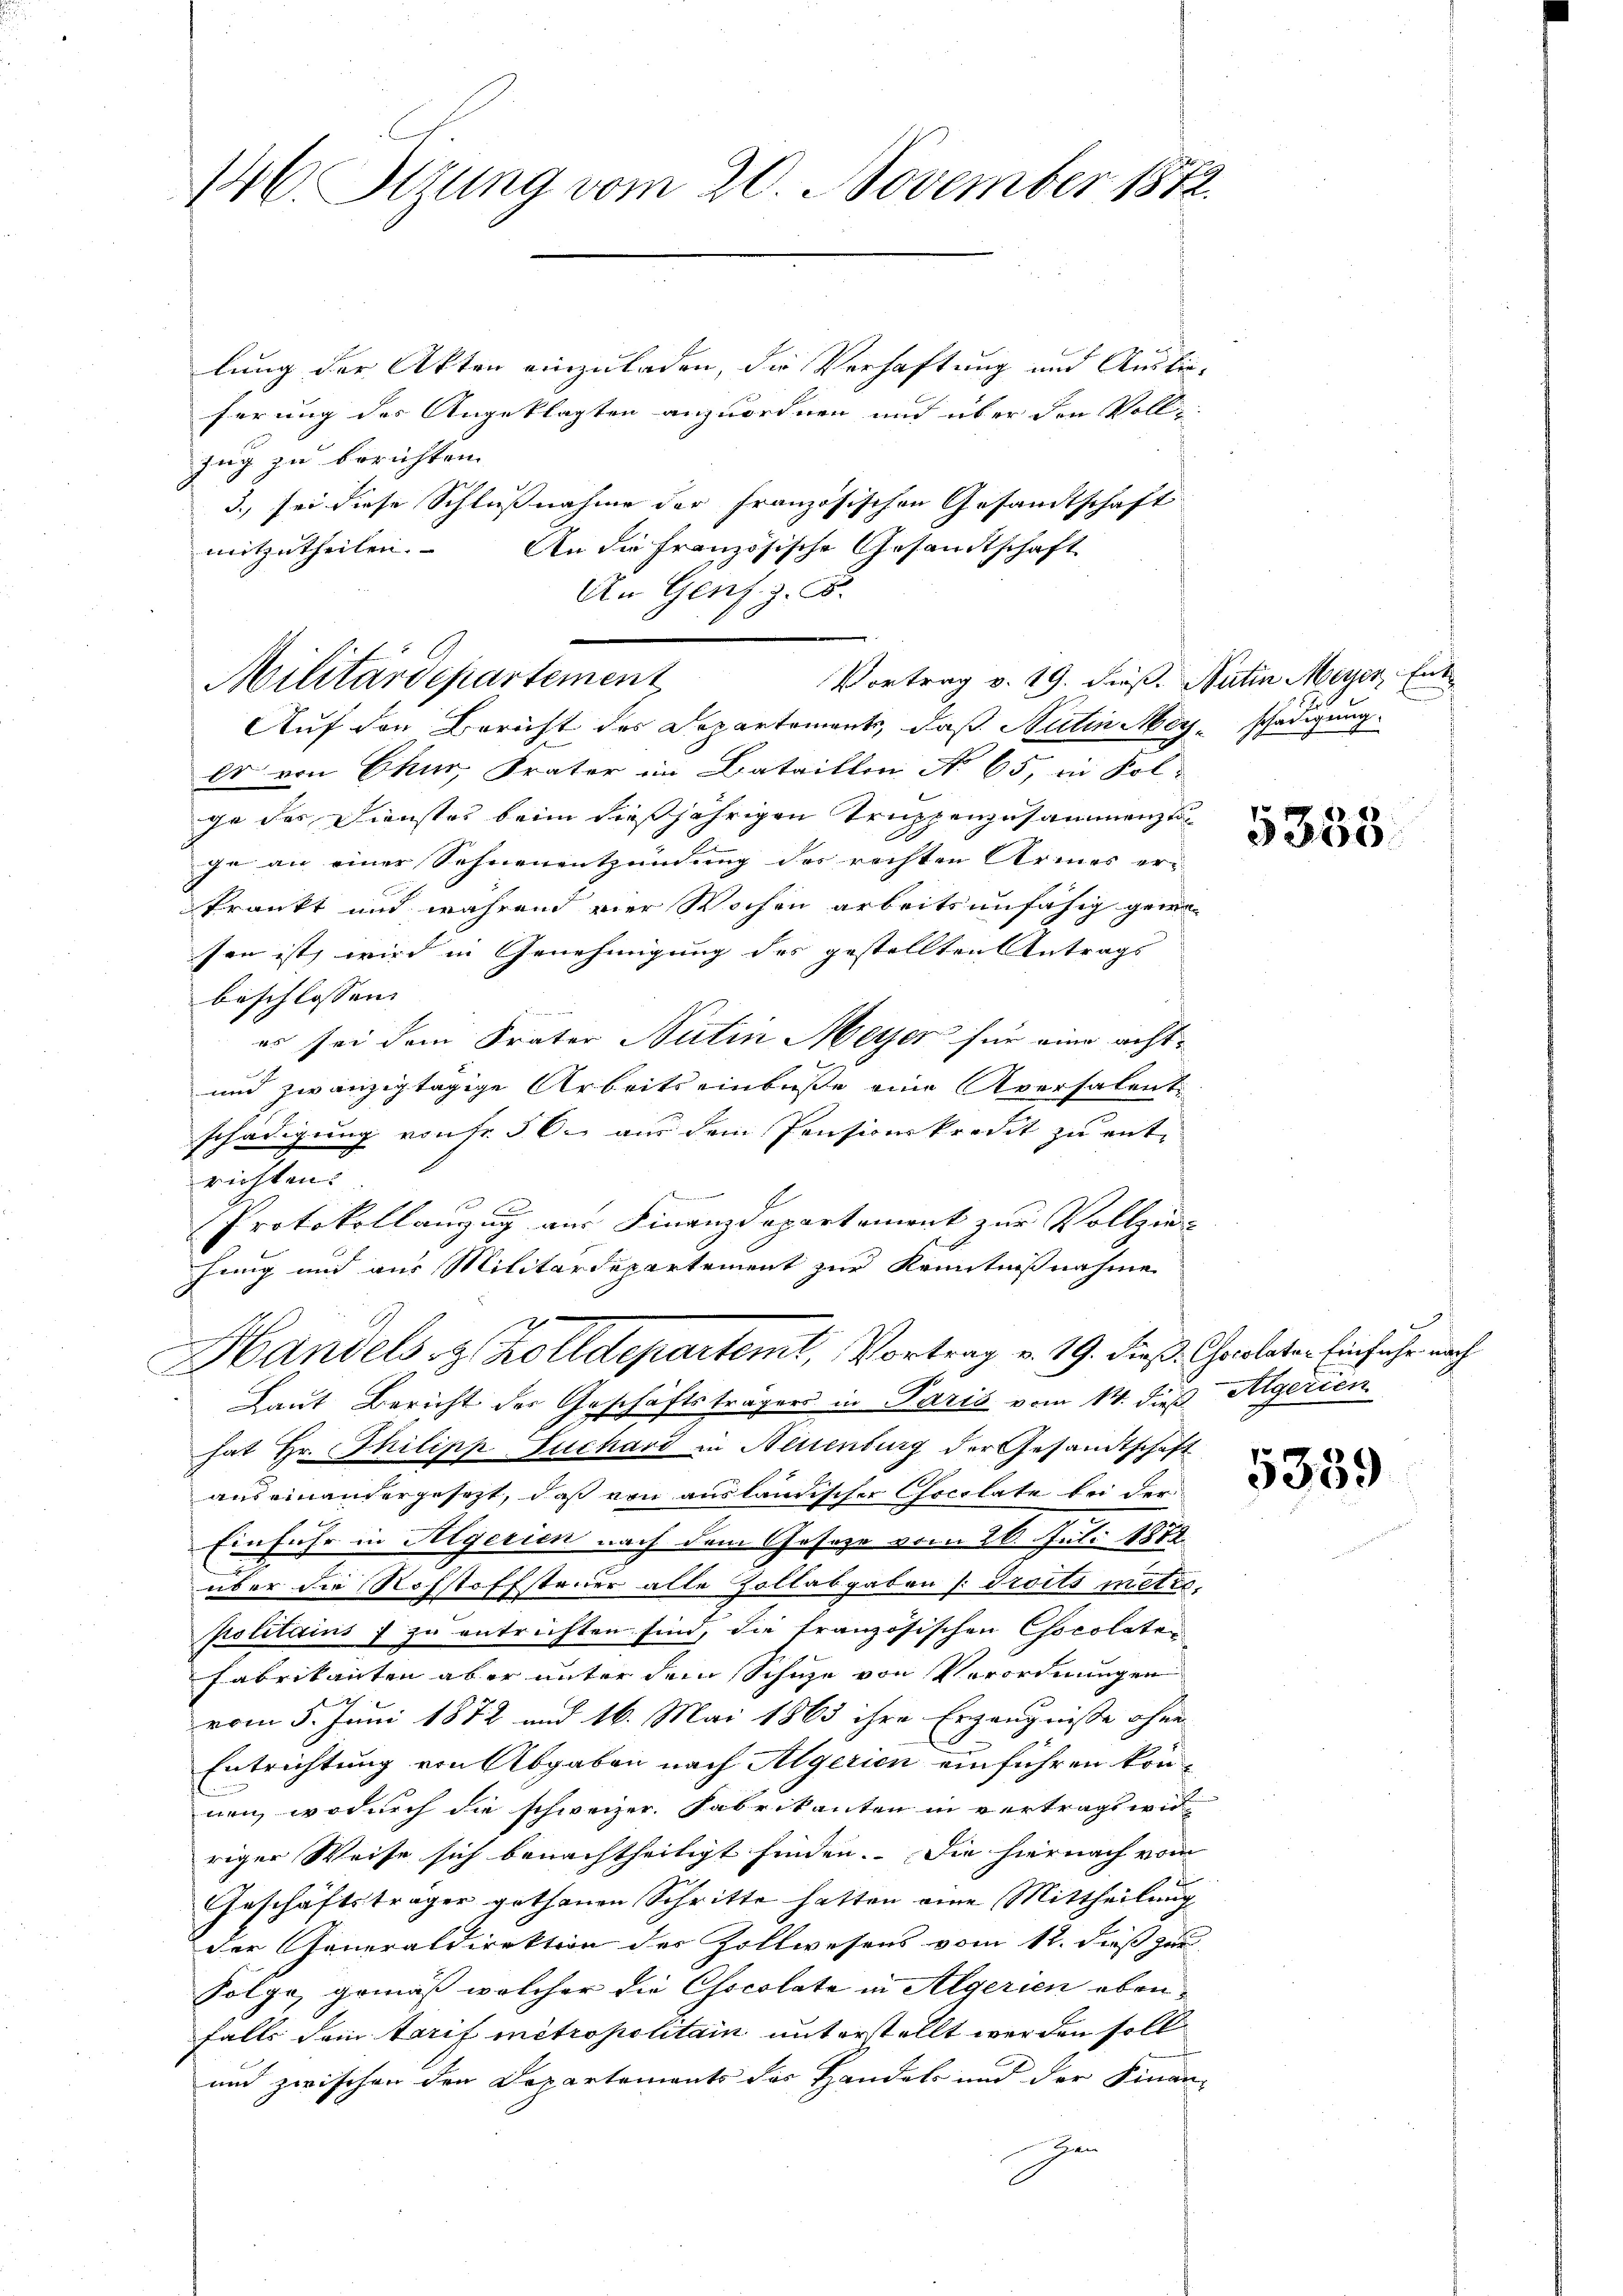
146. Sitzung vom 20. November 1872.

lung der Akten einzuladen, die Verhaftung und Auslieferung des Angeklagten anzuordnen und über den Vollzug zu berichten.
3., sei diese Schlußnahme der Französischen Gesandtschaft
mitzutheilen.
An die Französische Gesandtschaft
An Gens. z. B.

Vortrag v. 19. dieß. Natin Meyer, Ent
Militärdepartement

Handels z. Zolldepartemt, Vortrag v. 19. dieß. Chrelater Einfuhr nach
Laut Bericht der Geschäftsträgers in Paris vom 14. dieß Algerien

Auf den Bericht des Departement, daß Sutin Meyschädigung.
br. von Chur, Frater im Bataillen No 65, in Folge des Dienstes beim dießjährigen Truppenzusammento
ge an einer Sohnenentzündung des rechten Armes er-
kränkt und während vier Wochen arbeitsunfähig gewesen ist, wird in Genehmigung des gestellten Antrags
beschlossen:
es sei dem Frater Nutin Meyer für eine acht¬
und zwanzigtägige Arbeits einbuße eine Aversalent
schädigung von Fr. 50. aus dem Pensionskredit zu entrichten.
i
Protokollanzug aus Finanzdepartement zur Vollzie-
fung und aus Militärdepartement zur Kenntnißnahme
hat Hr. Thilipp Juchard in Neuenburg der Gesandtschaft
auseinandergesezt, daß von ausländischer Cocilate bei der
Einfuhr in Algerien nach dem Geseze vom 26. Juli 1872.
über die Rohstoffsteuer alle Zollabgaben /: droits metto,
politains f zu entrichten sind, die französischen Chocolaten
Fabrikanten aber unter dem Schuhe von Verordnungen
vom 5. Juni 1872 und 16. Mai 1863 ihre Erzeugnisse ohne
Entrichtung von Abgaben nach Algerien einführen können, wodurch die schweizer. Fabrikanten in vertrags wir
riger Weise sich benachtheiligt finden. Die hiernach vom
Geschäftsträger gethanen Schritte hatten eine Mittheilung
der Generaldirektion der Zollwesens vom 12. dieß zur
Folge, gemäß welcher die Chocolata in Algerien ebenfalls dem Tarif metropolitain unterstellt werden soll
und zwischen den Departements das Handels und der Finan-
Han

5355.

5339